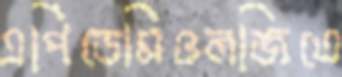
এপিডেমিওলজিতে